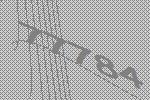
77784